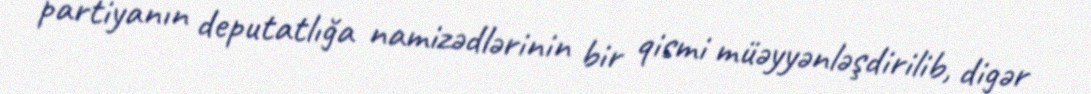
partiyanın deputatlığa namizədlərinin bir qismi müəyyənləşdirilib, digər